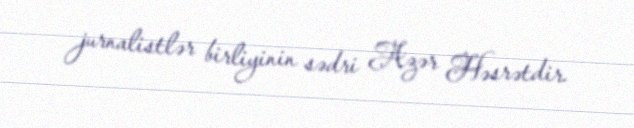
jurnalistlər birliyinin sədri Azər Həsrətdir.